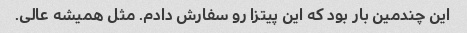
این چندمین بار بود که این پیتزا رو سفارش دادم. مثل همیشه عالی.